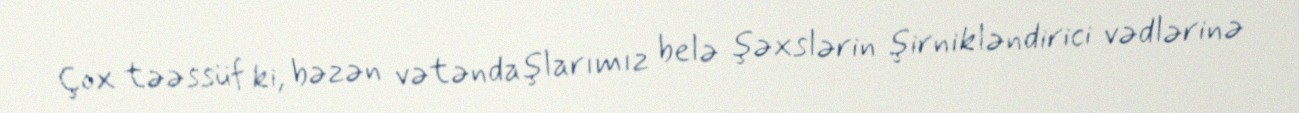
Çox təəssüf ki, bəzən vətəndaşlarımız belə şəxslərin şirnikləndirici vədlərinə